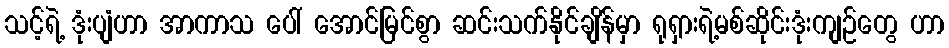
သင့်ရဲ့ ဒုံးပျံဟာ အာကာသ ပေါ် အောင်မြင်စွာ ဆင်းသက်နိုင်ချိန်မှာ ရုရှားရဲ့မစ်ဆိုင်းဒုံးကျဉ်တွေ ဟာ